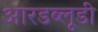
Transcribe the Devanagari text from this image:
आरडब्लूडी